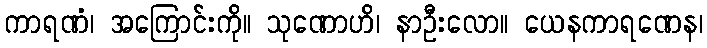
ကာရဏံ၊ အကြောင်းကို။ သုဏောဟိ၊ နာဦးလော။ ယေနကာရဏေန၊